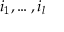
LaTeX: i _ { 1 } , \dots , i _ { l }